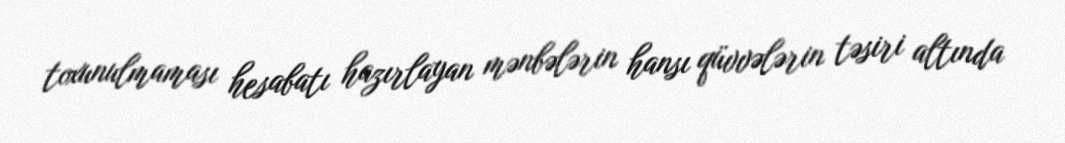
toxunulmaması hesabatı hazırlayan mənbələrin hansı qüvvələrin təsiri altında